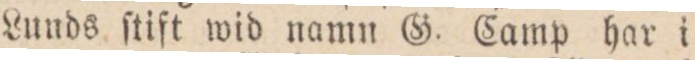
Lunds ſtift wid namn G. Camp har i